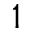
1